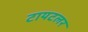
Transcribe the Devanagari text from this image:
टायटलर